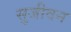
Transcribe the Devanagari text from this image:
सुजीवन